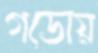
গডোয়